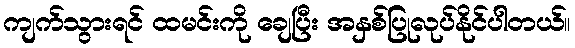
ကျက်သွားရင် ထမင်းကို ချေပြီး အနှစ်ပြုလုပ်နိုင်ပါတယ်။